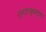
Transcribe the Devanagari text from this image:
सुगतकुमारी